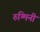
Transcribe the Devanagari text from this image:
रुग्मिनी